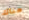
هناك